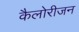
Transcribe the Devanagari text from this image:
कैलोरीजन